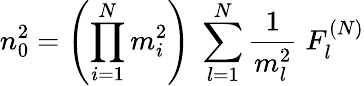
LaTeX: n_{0}^{2}=\left(\prod_{i=1}^{N}m_{i}^{2}\right)\; \sum_{l=1}^{N}\frac{1}{m_{l}^{2}}\; F_{l}^{(N)}